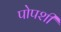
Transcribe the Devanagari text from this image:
पोपशी